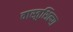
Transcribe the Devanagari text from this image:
वास्तुशिल्पा